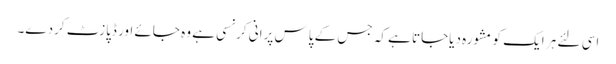
اسی لئے ہر ایک کو مشورہ دیاجاتا ہے کہ جس کے پاس پرانی کرنسی ہے وہ جائے اور ڈپازٹ کردے۔